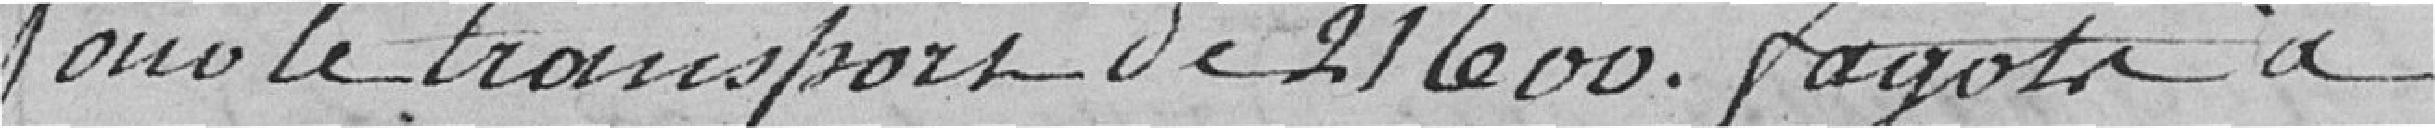
Pour le transport de 216 fagots à